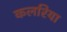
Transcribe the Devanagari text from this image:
कलरिया